Annual administration report of the Civil Veterinary Department of India - 1897-1898
Year: 1897
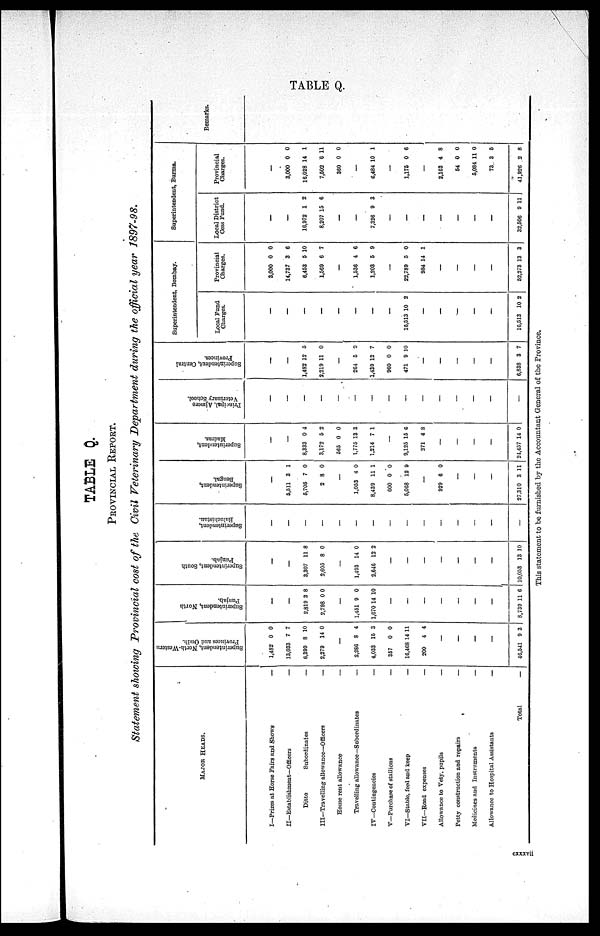
TABLE Q.
TABLE Q.
PROVINCIAL REPORT.
Statement showing Provincial cost of the Civil Veterinary Department during the official year 1897—98.
MAJOR HEADS.
I—Prizes at Horse Fairs and Shows
—
II—Establishment—Officers
—
Ditto
Subordinates
—
III—Travelling allowance—Officers
—
House rent allowance
—
Travelling allowance—Subordinates
—
IV—Contingencies
—
V—Purchase of stallions
—
VI—Stable, feed and keep
—
VII—Road
expeuses
—
Allowance to Vety. pupils
—
Petty construction and repairs
—
Medicines and Instruments
—
Allowance to Hospital Assistants
—
Total
—
Superintendent, No rth
—We s
te
rn
Pr ovi nces and Oudh.
1,482
13,033
6,399
2,279
—
2,286
4,033
357
16,468
200
—
—
—
—
46,511
0
7
8
14
8
16
0
14
4
9
0
7
10
0
4
3
0
11
4
3
Super i
nt endent , Nor t
h
Punjab.
—
2,819
2,798
1,451
1,G70
8,739
—
—
3
0
—
9
14
—
—
—
—
—
—
—
11
8
0
0
10
6
Supe r
i
nt e nde nt , Sout h
Punjab.
—
—
3,307
2,605
—
1,493
2,646
—
—
—
—
—
—
—
10,053
11
8
14
12
13
8
0
0
2
10
Superintendent,
Baluchistan.
—
—
—
—
—
—
—
—
—
—
—
—
—
—
—
Supe r
i
nt e nde nt ,
Bengal .
—
5,511
5,705
2
1,053
8,439
600
5,068
929
—
—
—
27,310
3
7
8
—
4
11
0
12
—
6
—
—
—
3
1
0
0
0
1
0
9
0
11
Supe r
i
nt e nde nt ,
Ma dr a s .
8,333
3,172
565
1,775
1,214
9,125
271
21,457
—
0
5
0
13
7
—
15
4
—
—
—
—
14
4
2
0
3
1
6
8
0
Principal, Ajmere
Veterinary School.
—
—
—
—
—
—
—
—
—
—
—
—
—
—
Superintendent, Cent r al
Provinces.
1,482
2,219
2C4
1,439
960
471
6,838
—
12
11
—
5
12
0
9
—
—
—
—
—
3
5
0
0
7
0
10
7
Superintendent, Bombay.
Local Fund
Charges.
16,513
16,513
—
—
—
—
—
—
—
10
—
—
—
—
—
10
2
2
Provincial
Charges.
3,000
14,737
6,453
1,569
1,536
1,203
22,789
984
52,273
0
3
5
6
—
4
5
—
5
14
—
—
—
—
13
0
6
10
7
6
9
0
1
3
Superintendent, Burma.
Local District
Cess Fund.
16,972
8,207
7,326
32,506
—
—
1
15
—
—
9
—
—
—
—
—
—
—
9
2
6
3
11
Provincial Charges.
3,000
16,028
7,502
360
6,484
1,175
2,163
64
5,084
73
41,926
—
0
14
6
0
—
10
—
0
—
4
0
11
3
2
0
1
11
0
1
6
8
0
0
5
8
Remarks.
This statement to be furnished by the Accountant General of the Province.
cxxxvii